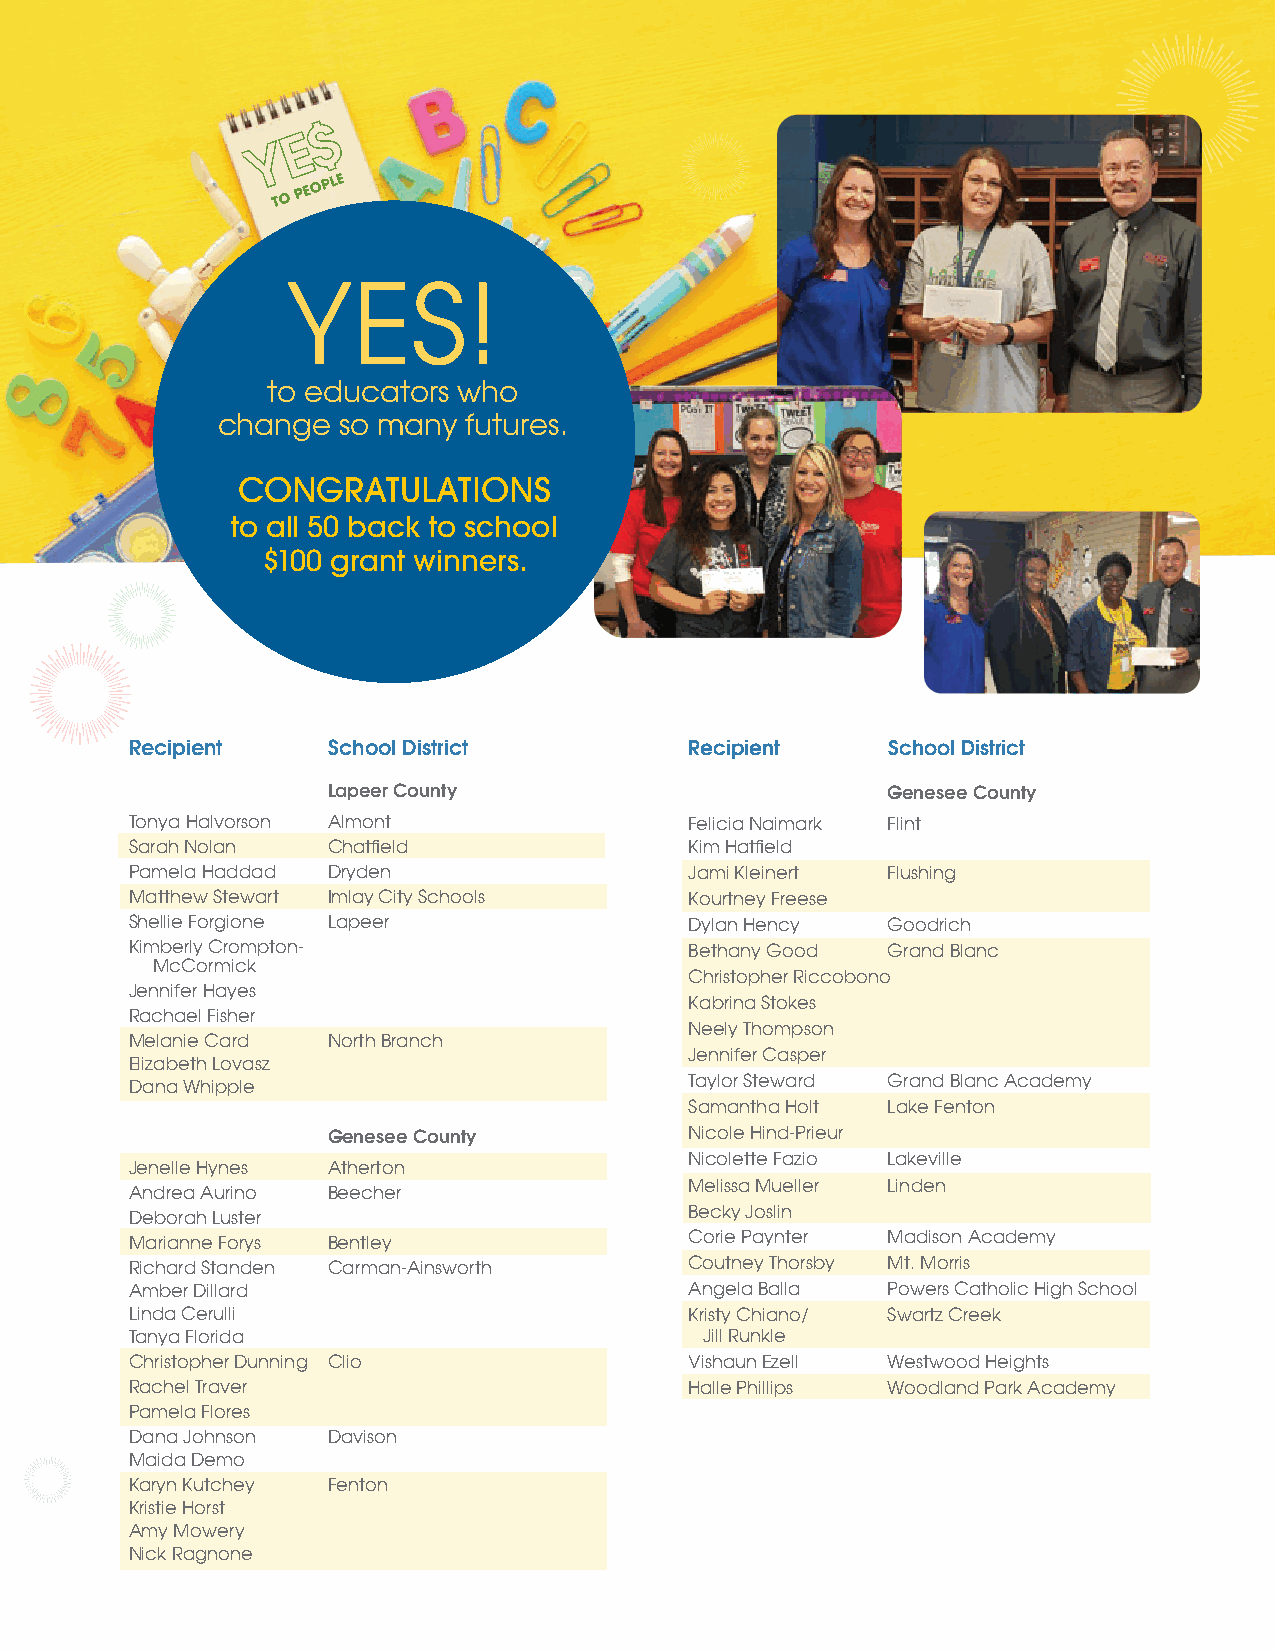
YES!
 to educators who
 change  so many  futures.
 CONGRATULATIONS
 to all 50 back to school
 $100 grant winners.
 Recipient    School District         Recipient    School District
 Lapeer County                        Genesee County
 Tonya Halvorson Almont               Felicia Naimark Flint
 Sarah Nolan  Chatfield               Kim Hatfield
 Pamela Haddad Dryden                 Jami Kleinert Flushing
 Matthew Stewart Imlay City Schools   Kourtney Freese
 Shellie Forgione Lapeer              Dylan Hency  Goodrich
 Kimberly Crompton-                   Bethany Good Grand Blanc
 McCormick
 Christopher Riccobono
 Jennifer Hayes
 Kabrina Stokes
 Rachael Fisher
 Neely Thompson
 Melanie Card North Branch
 Jennifer Casper
 Elizabeth Lovasz
 Dana Whipple                         Taylor Steward Grand Blanc Academy
 Samantha Holt Lake Fenton
 Genesee County          Nicole Hind-Prieur
 Nicolette Fazio Lakeville
 Jenelle Hynes Atherton
 Melissa Mueller Linden
 Andrea Aurino Beecher
 Becky Joslin
 Deborah Luster
 Corie Paynter Madison Academy
 Marianne Forys Bentley
 Richard Standen Carman-Ainsworth     Coutney Thorsby Mt. Morris
 Amber Dillard                        Angela Balla Powers Catholic High School
 Linda Cerulli                        Kristy Chiano/ Swartz Creek
 Tanya Florida                         Jill Runkle
 Christopher Dunning Clio             Vishaun Ezell Westwood Heights
 Rachel Traver                        Halle Phillips Woodland Park Academy
 Pamela Flores
 Dana Johnson Davison
 Maida Demo
 Karyn Kutchey Fenton
 Kristie Horst
 Amy Mowery
 Nick Ragnone